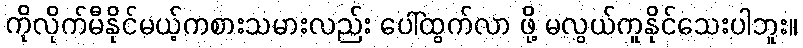
ကိုလိုက်မီနိုင်မယ့်ကစားသမားလည်း ပေါ်ထွက်လာ ဖို့ မလွယ်ကူနိုင်သေးပါဘူး။